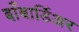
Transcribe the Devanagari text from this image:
बाँबार्डिअर